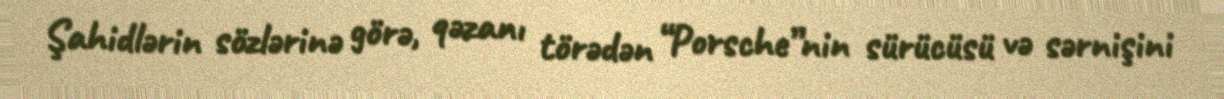
Şahidlərin sözlərinə görə, qəzanı törədən “Porsche”nin sürücüsü və sərnişini